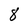
Character: 8